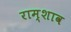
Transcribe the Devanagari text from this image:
राम्शाव